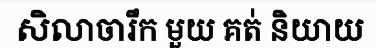
សិលាចារឹក មួយ គត់ និយាយ